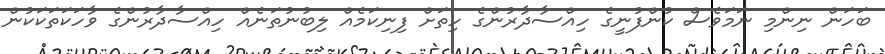
ބަހަން ނިންމި ނަމަވެސް ކުންފުނީގެ ހިއްސާދާރުންގެ ހިތަށް ފިނިކަމެއް ލިބުނުތަނެއް ހިއްސާދާރުންގެ ވާހަކަތަކަކުން